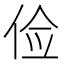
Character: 俭